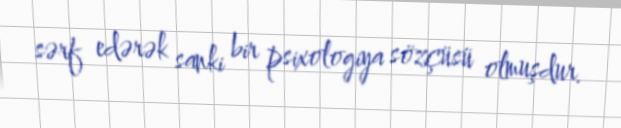
sərf edərək sanki bir psixologiya sözçüsü olmuşdur.